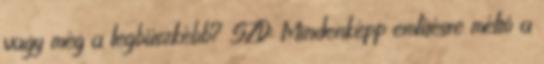
vagy még a legbüszkébb? SZD: Mindenképp említésre méltó a